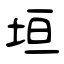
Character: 垣